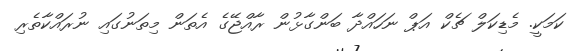
ކަމަކީ. މެޑިކަލް ޗެކް އަޕް ނަހައްދާ ބަންގާޅުން ރާއްޖޭގެ އެތަން މިތަނުގައި ނުރައްކާތެރި